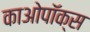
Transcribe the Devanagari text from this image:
काओपॉक्स